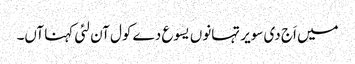
میں اَج دی سویر تہانوں یسوع دے کول آن لئی کہنا آں۔